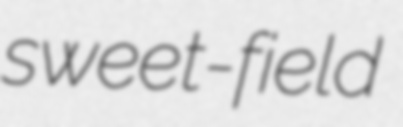
sweet-field